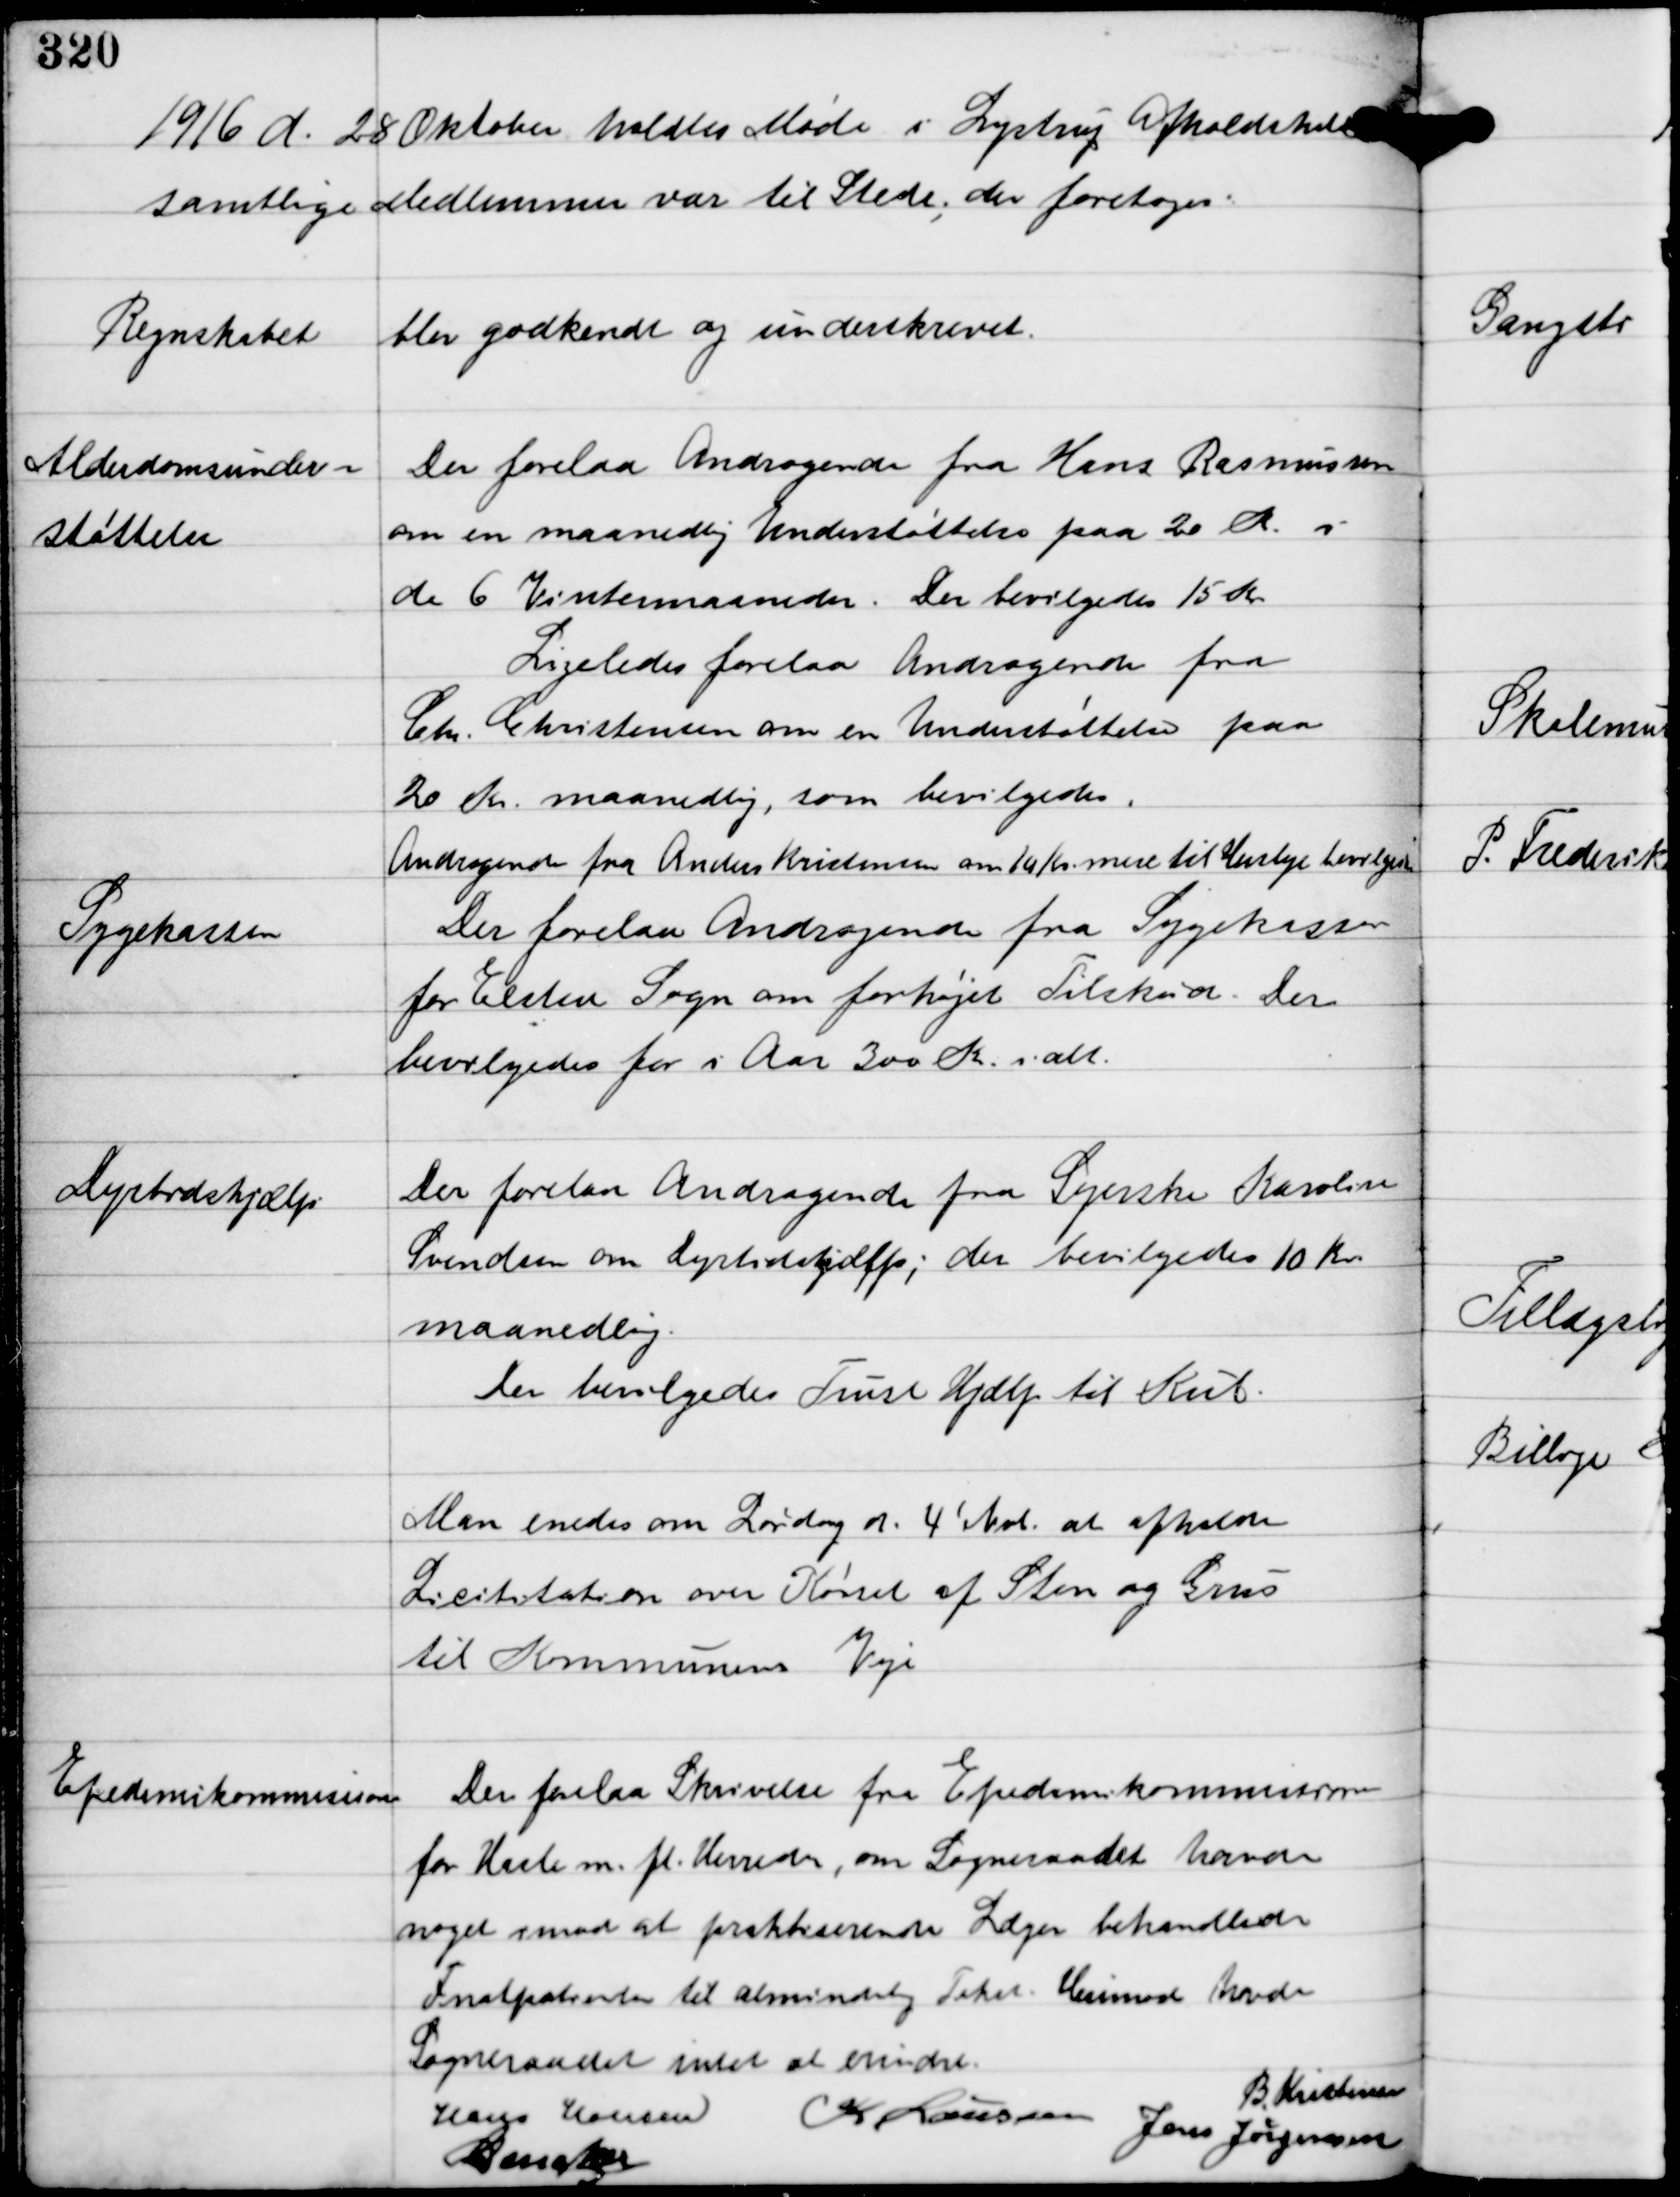
Transskription:
1916 d. 28 Oktober holdtes Møde i Lystrup Afholdshotel
Samtlige Medlemmer var til Stede, der foretoges:

Regnskabet blev godkendt og underskrevet.

Alderdomsunder-
støttelse

Der forelaa Andragende fra Hans Rasmussen
om en maanedlig Understøttelse paa 20 Kr. i
de 6 Vintermaaneder. Der beviligedes 15 Kr.
Ligeledes forelaa Andragende fra
Chr. Christensen om Understøttelse paa
20 Kr. maanedlig, som bevilgedes.
Andragende fra Anders Kristensen om 10 Kr. mere til Husleje bevilgedes

Sygekassen

Der forelaa Andragende fra Sygekassen
for Elsted Sogn om forhøjet Tilskud. Der
bevilgedes for i Aar 300 Kr. ialt.

Dyrtidshjælp

Der forelaa Andragende fra Syerske Karoline
Svendsen om Dyrtidshjælp; der bevilgedes 10 Kr. 
maanedlig.
Der bevilgedes Trust Hjælp til Kul.

Man enedes om Lørdag d. 4' Nvb. at afholde
Licitation over Kørsel af Sten og Grus
til Kommunens Veje

Epedemikommisionen

Der forelaa Skrivelse fra Epedemikommisionen
for Hasle m.fl. Herreder, om Sogneraadet havde
noget imod at praktiserende Læger behandlede
Fnatpatienter til almindelig Takst Herimod havde
Sogneraadet intet at erindre.

B Kristensen
Hans Hansen
K Laursen
Jens Jørgensen
C Dencker